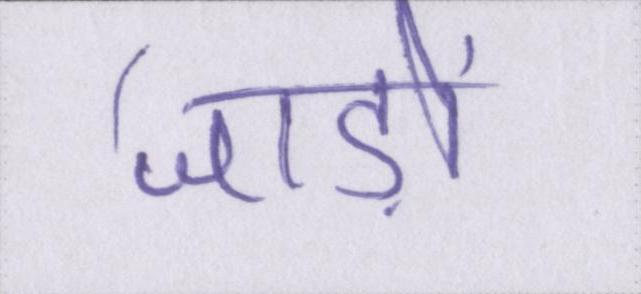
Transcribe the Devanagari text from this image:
जाड़ों